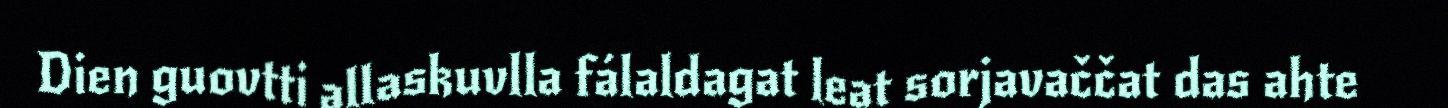
Dien guovtti allaskuvlla fálaldagat leat sorjavaččat das ahte